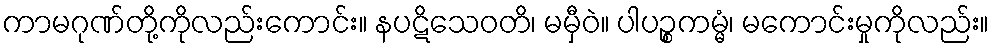
ကာမဂုဏ်တို့ကိုလည်းကောင်း။ နပဋိသေဝတိ၊ မမှီဝဲ။ ပါပဉ္စကမ္မံ၊ မကောင်းမှုကိုလည်း။